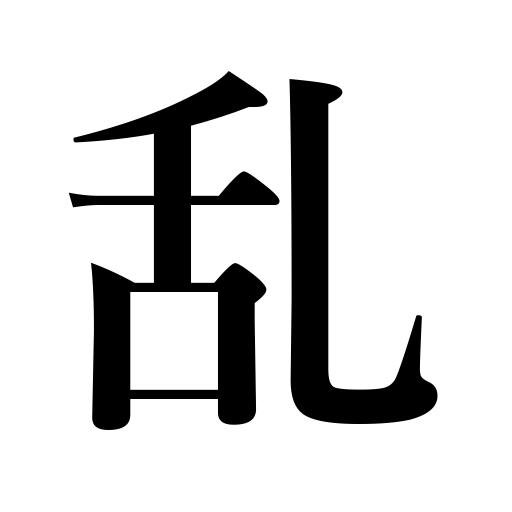
Meanings: be lax,rebellion,be disheveled,be confused,corrupt,put in disorder,be out of order,be disturbed,war,disturb,derange the mind,riot,agitate,be disorganized,be demoralized